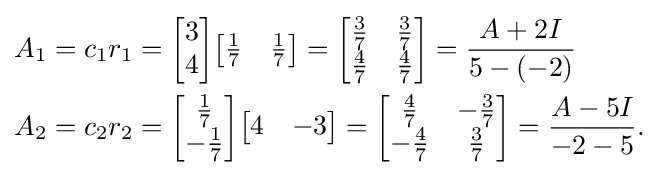
{\begin{aligned}A_{1}&=c_{1}r_{1}={\begin{bmatrix}3\\4\end{bmatrix}}{\begin{bmatrix}{\frac {1}{7}}&{\frac {1}{7}}\end{bmatrix}}={\begin{bmatrix}{\frac {3}{7}}&{\frac {3}{7}}\\{\frac {4}{7}}&{\frac {4}{7}}\end{bmatrix}}={\frac {A+2I}{5-(-2)}}\\A_{2}&=c_{2}r_{2}={\begin{bmatrix}{\frac {1}{7}}\\-{\frac {1}{7}}\end{bmatrix}}{\begin{bmatrix}4&-3\end{bmatrix}}={\begin{bmatrix}{\frac {4}{7}}&-{\frac {3}{7}}\\-{\frac {4}{7}}&{\frac {3}{7}}\end{bmatrix}}={\frac {A-5I}{-2-5}}.\end{aligned}}